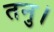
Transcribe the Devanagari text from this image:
तनु।